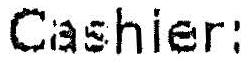
CASHIER: